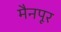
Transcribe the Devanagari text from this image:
मैनपूर